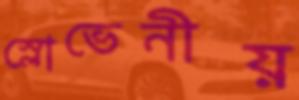
স্লোভেনীয়